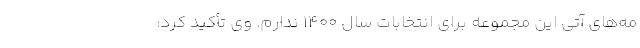
مه‌های آتی این مجموعه برای انتخابات سال ۱۴۰۰ ندارم. وی تأکید کرد: